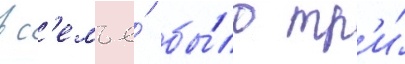
в с'емье́ бы́ло тр'и́